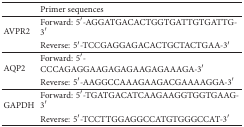
<table><thead><tr><td><b> </b></td><td><b>Primer sequences</b></td></tr></thead><tbody><tr><td rowspan="2">AVPR2</td><td>Forward:5′-AGGATGACACTGGTGATTGTGATTG-3′</td></tr><tr><td>Reverse:5′-TCCGAGGAGACACTGCTACTGAA-3′</td></tr><tr><td rowspan="2">AQP2</td><td>Forward:5′-CCCAGAGGAAGAGAGAAGAGAAAGA-3′</td></tr><tr><td>Reverse:5′-AAGGCCAAAGAAGACGAAAAGGA-3′</td></tr><tr><td rowspan="2">GAPDH</td><td>Forward:5′-TGATGACATCAAGAAGGTGGTGAAG-3′</td></tr><tr><td>Reverse:5′-TCCTTGGAGGCCATGTGGGCCAT-3′</td></tr></tbody></table>